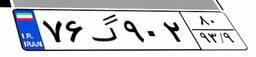
۷۶گ۹۰۲۸۰